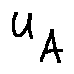
u _ { A }